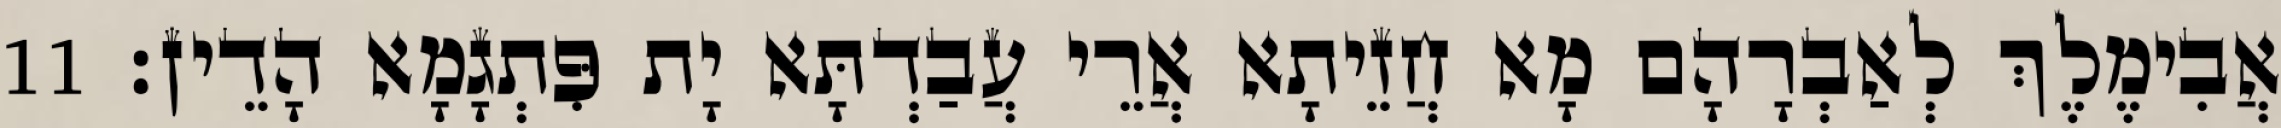
אֲבִימֶלֶךְ לְאַבְרָהָם מָא חֲזֵיתָא אֲרֵי עֲבַדְתָּא יָת פִּתְגָמָא הָדֵין׃ 11